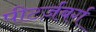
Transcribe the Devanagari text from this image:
पीटर्ज़बर्ग